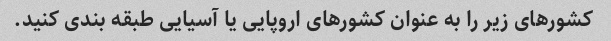
کشورهای زیر را به عنوان کشورهای اروپایی یا آسیایی طبقه بندی کنید.